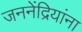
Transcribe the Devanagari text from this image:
जननेंद्रियांना